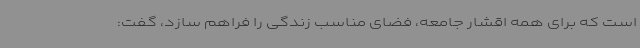
است که برای همه اقشار جامعه، فضای مناسب زندگی را فراهم سازد، گفت: